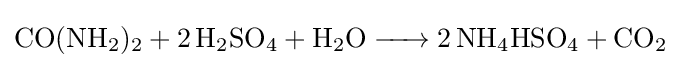
{\ce {CO(NH2)2 + 2 H2SO4 + H2O -> 2 NH4HSO4 + CO2}}